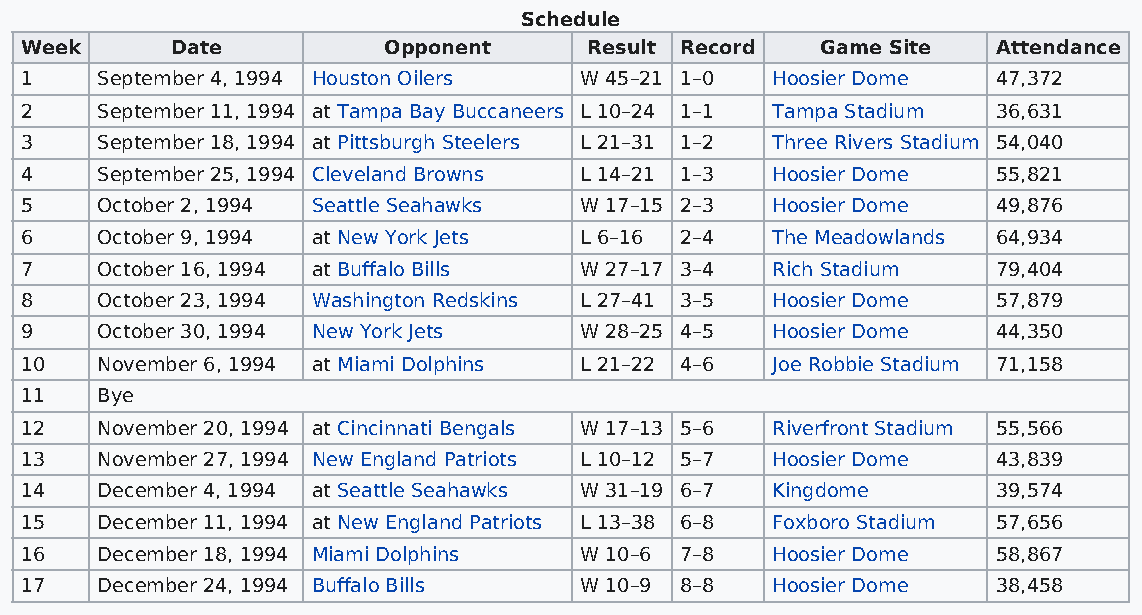
Schedule
 Week      Date          Opponent      Result Record  Game Site   Attendance
 1    September 4, 1994 Houston Oilers W 45–21 1–0 Hoosier Dome   47,372
 2    September 11, 1994 at Tampa Bay Buccaneers L 10–24 1–1 Tampa Stadium 36,631
 3    September 18, 1994 at Pittsburgh Steelers L 21–31 1–2 Three Rivers Stadium 54,040
 4    September 25, 1994 Cleveland Browns L 14–21 1–3 Hoosier Dome 55,821
 5    October 2, 1994 Seattle Seahawks W 17–15 2–3 Hoosier Dome   49,876
 6    October 9, 1994 at New York Jets L 6–16 2–4  The Meadowlands 64,934
 7    October 16, 1994 at Buffalo Bills W 27–17 3–4 Rich Stadium  79,404
 8    October 23, 1994 Washington Redskins L 27–41 3–5 Hoosier Dome 57,879
 9    October 30, 1994 New York Jets  W 28–25 4–5  Hoosier Dome   44,350
 10   November 6, 1994 at Miami Dolphins L 21–22 4–6 Joe Robbie Stadium 71,158
 11   Bye
 12   November 20, 1994 at Cincinnati Bengals W 17–13 5–6 Riverfront Stadium 55,566
 13   November 27, 1994 New England Patriots L 10–12 5–7 Hoosier Dome 43,839
 14   December 4, 1994 at Seattle Seahawks W 31–19 6–7 Kingdome   39,574
 15   December 11, 1994 at New England Patriots L 13–38 6–8 Foxboro Stadium 57,656
 16   December 18, 1994 Miami Dolphins W 10–6 7–8  Hoosier Dome   58,867
 17   December 24, 1994 Buffalo Bills W 10–9 8–8   Hoosier Dome   38,458